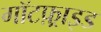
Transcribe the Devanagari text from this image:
गॉटफ़्राइड